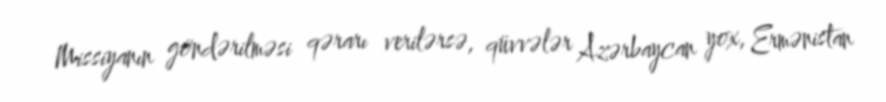
Missiyanın göndərilməsi qərarı verilərsə, qüvvələr Azərbaycan yox, Ermənistan